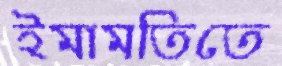
ইমামতিতে